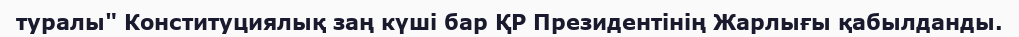
туралы" Конституциялық заң күші бар ҚР Президентінің Жарлығы қабылданды.